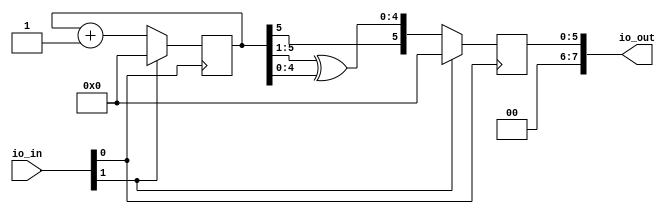
/* Generated by Amaranth Yosys 0.10.0 (PyPI ver 0.10.0.dev47, git sha1 dca8fb54a) */
module tucanae47_gray_ctr6(io_in, io_out);
  reg \initial  = 0;
  wire [6:0] \$1 ;
  wire [6:0] \$2 ;
  wire [4:0] \$4 ;
  wire [7:0] \$6 ;
  wire clk;
  input [7:0] io_in;
  output [7:0] io_out;
  reg [5:0] o = 6'h00;
  reg [5:0] \o$next ;
  reg [5:0] q = 6'h00;
  reg [5:0] \q$next ;
  wire rst;
  assign \$2  = q + 1'h1;
  assign \$4  = q[5:1] ^ q[4:0];
  assign \$6  = + o;
  always @(posedge clk)
    o <= \o$next ;
  always @(posedge clk)
    q <= \q$next ;
  always @* begin
    if (\initial ) begin end
    \q$next  = \$2 [5:0];
    casez (rst)
      1'h1:
          \q$next  = 6'h00;
    endcase
  end
  always @* begin
    if (\initial ) begin end
    \o$next  = { q[5], \$4  };
    casez (rst)
      1'h1:
          \o$next  = 6'h00;
    endcase
  end
  assign \$1  = \$2 ;
  assign io_out = \$6 ;
  assign rst = io_in[1];
  assign clk = io_in[0];
endmodule